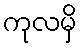
ကုလမှိ